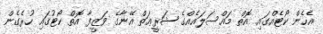
އެހެން ކޯޓެއްގައި އޮތް މައްސަލައެއްގެ ޝަރީޢަތް އޭނާގެ ވަޒީފާ އޮތް ކޯޓުގައި ހުރެގެން